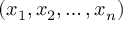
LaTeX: ( x _ { 1 } , x _ { 2 } , \ldots , x _ { n } )